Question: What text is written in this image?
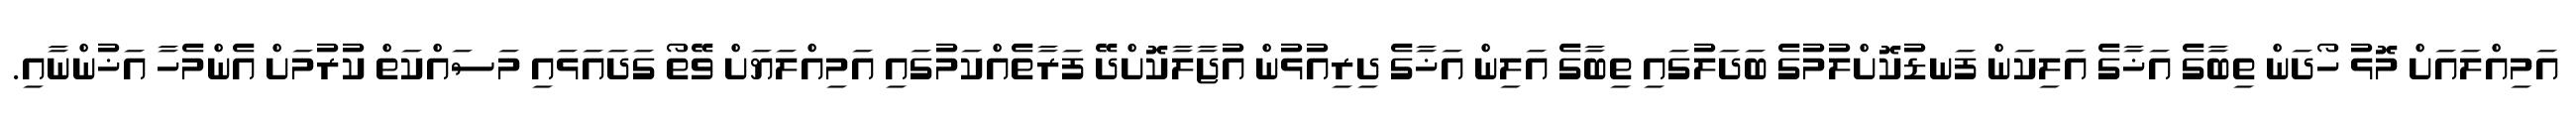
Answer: އަމިއްލައަށް މޮޅު ހޯދަން ތިބާގެ އަޚާގެ އަލިކަން ފަނޑުކޮށްލުމުގެ ބަދަލުގައި ތިބާގެ އަލިން އަޚާގެ ދިރިއުޅުން އުޖާލާކޮށްދޭ ފަރާތެއްކަމުގައި އަމިއްލަޔަށް ވޭތޯ ގަދައަޅައި މަސައްކަތް ކުރުމަށް އެންމެހާ އަޚުންނާއި.